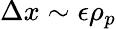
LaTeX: \Delta x\sim\epsilon\rho_{p}